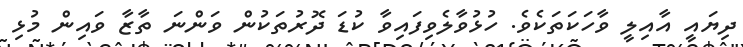
ދިޔައީ އާއިލީ ވާހަކަތަކެވެ. ހުޅުވާލެވިފައިވާ ކުޑަ ދޮރުތަކުން ވަންނަ ތާޒާ ވައިން މުޅި